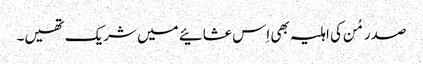
صدر مُن کی اہلیہ بھی اِس عشائیے میں شریک تھیں۔